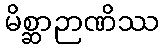
မိစ္ဆာဉာဏိဿ